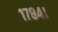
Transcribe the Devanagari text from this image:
१७८४।